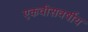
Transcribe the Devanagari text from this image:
एकवीसवर्षीय